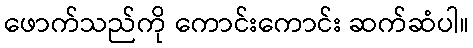
ဖောက်သည်ကို ကောင်းကောင်း ဆက်ဆံပါ။